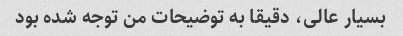
بسیار عالی، دقیقا به توضیحات من توجه شده بود